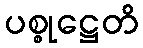
ပစ္စုဋ္ဌေတိ